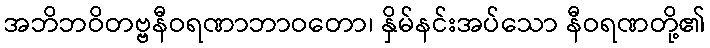
အဘိဘဝိတဗ္ဗနီဝရဏာဘာဝတော၊ နှိမ်နင်းအပ်သော နီဝရဏတို့၏